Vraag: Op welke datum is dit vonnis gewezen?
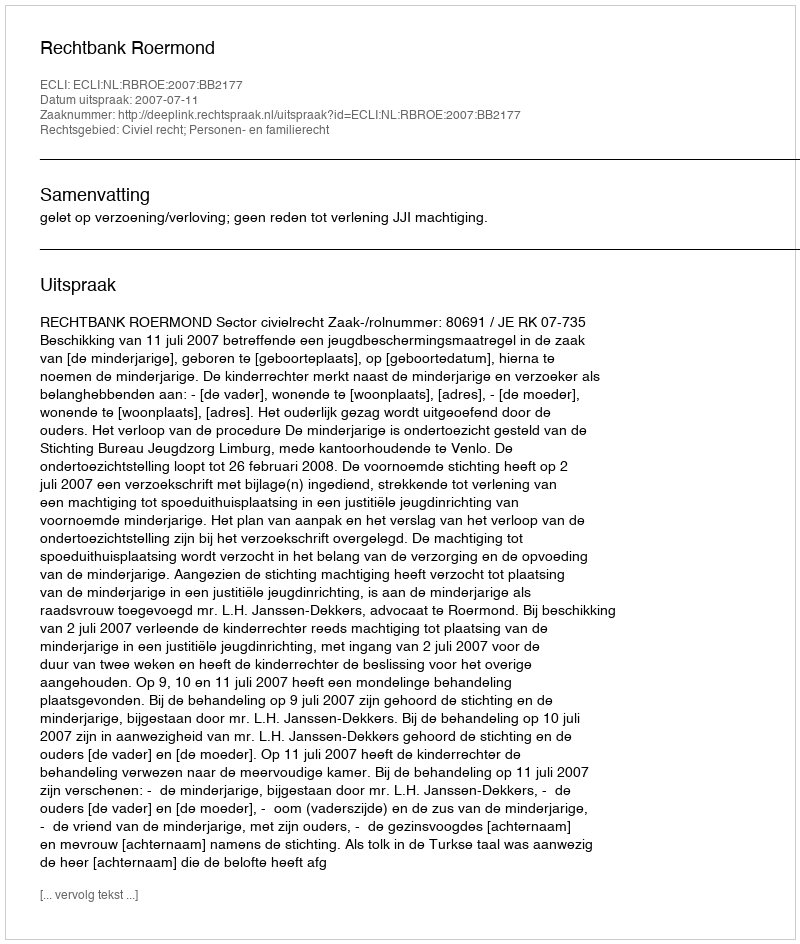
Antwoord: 2007-07-11